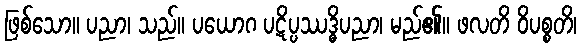
ဖြစ်သော။ ပညာ၊ သည်။ ပယောဂ ပဋိပ္ပဿဒ္ဓိပညာ၊ မည်၏။ ဖလတိ ဝိပစ္စတိ၊